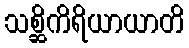
သစ္ဆိကိရိယာယာတိ